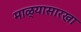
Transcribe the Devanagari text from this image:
माळ्यासारखा